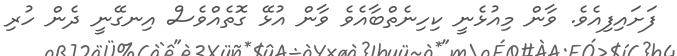
ފަށައިފިއެވެ. ވާން މިއުޅެނީ ކިހިނެތްބާއެވެ ވާން އުޅޭ ގޮތެއްވެސް އިނގޭނީ ދެން ހުރި